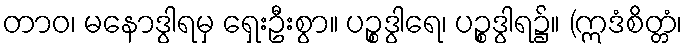
တာဝ၊ မနောဒွါရမှ ရှေးဦးစွာ။ ပဉ္စဒွါရေ၊ ပဉ္စဒွါရ၌။ (ဣဒံစိတ္တံ၊